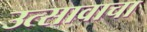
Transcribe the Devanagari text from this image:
उत्सावाचा